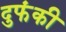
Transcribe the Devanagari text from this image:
दुफंकी